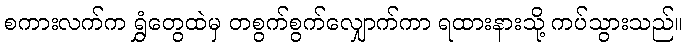
စကားလက်က ရွှံတွေထဲမှ တစွက်စွက်လျှောက်ကာ ရထားနားသို့ ကပ်သွားသည်။